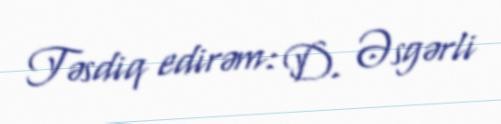
Təsdiq edirəm: D. Əsgərli